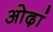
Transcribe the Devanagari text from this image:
ओढ़ां